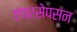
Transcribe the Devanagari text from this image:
एपरसेपसन